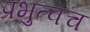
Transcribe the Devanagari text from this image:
प्रभुत्वच